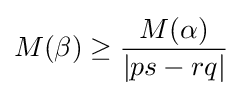
M(\beta )\geq {\frac {M(\alpha )}{\left\vert ps-rq\right\vert }}